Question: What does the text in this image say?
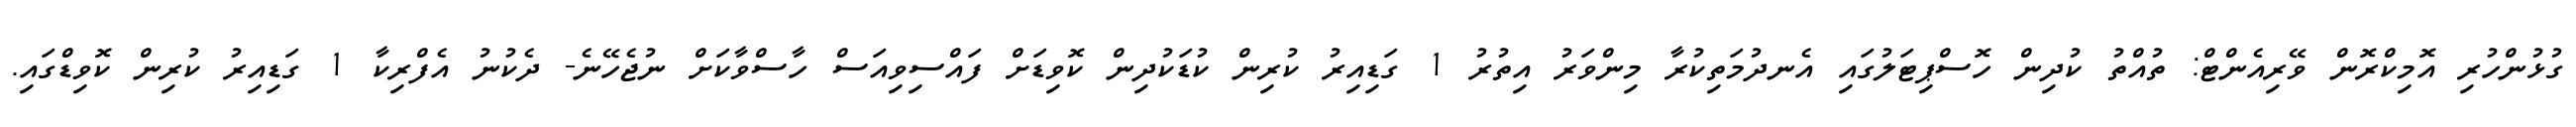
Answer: ގުޅުންހުރި އޮމިކްރޮން ވޭރިއެންޓް: ތުއްތު ކުދިން ހޮސްޕިޓަލުގައި އެނދުމަތިކުރާ މިންވަރު އިތުރު 1 ގަޑިއިރު ކުރިން ކުޑަކުދިން ކޮވިޑަށް ފައްސިވިއަސް ހާސްވާކަށް ނުޖެހޭނެ- ދެކުނު އެފްރިކާ 1 ގަޑިއިރު ކުރިން ކޮވިޑްގައި.